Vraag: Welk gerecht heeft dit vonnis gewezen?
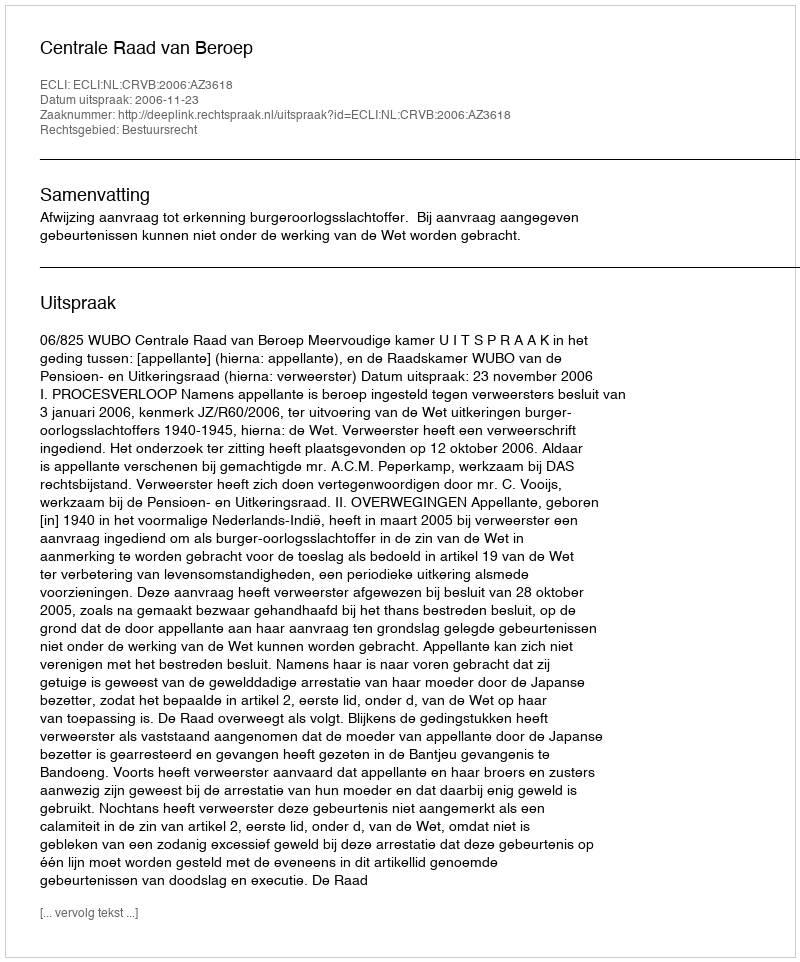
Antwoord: Centrale Raad van Beroep